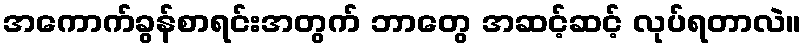
အကောက်ခွန်စာရင်းအတွက် ဘာတွေ အဆင့်ဆင့် လုပ်ရတာလဲ။